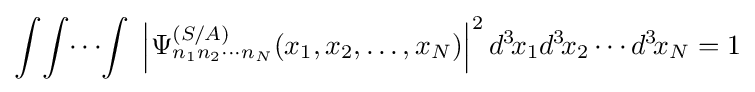
\int \!\int \!\cdots \!\int \;\left|\Psi _{n_{1}n_{2}\cdots n_{N}}^{(S/A)}(x_{1},x_{2},\ldots ,x_{N})\right|^{2}d^{3}\!x_{1}d^{3}\!x_{2}\cdots d^{3}\!x_{N}=1